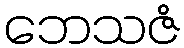
ဘေသဇံ